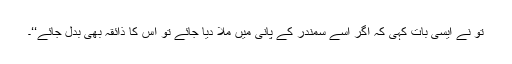
تو نے ایسی بات کہی کہ اگر اسے سمندر کے پانی میں ملا دیا جائے تو اس کا ذائقہ بھی بدل جائے‘‘۔